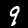
Digit: 9